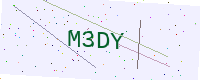
Text: M3DY